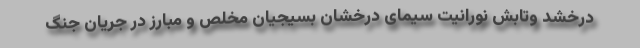
درخشد وتابش نورانیت سیمای درخشان بسیجیان مخلص و مبارز در جریان جنگ